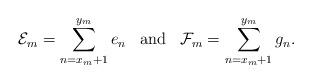
LaTeX: \begin{align*} \mathcal{E}_{m}=\displaystyle\sum_{n=x_{m}+1}^{y_{m}}e_{n}\;\;\;\mbox{and}\;\;\;\mathcal{F}_{m}=\displaystyle\sum_{n=x_{m}+1}^{y_{m}}g_{n}.\\\end{align*}